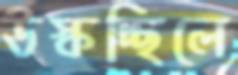
উস্‌কচ্ছিলে